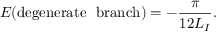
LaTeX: E ( \mathrm { d e g e n e r a t e ~ ~ b r a n c h } ) = - \frac { \pi } { 1 2 L _ { I } } .